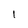
Character: l